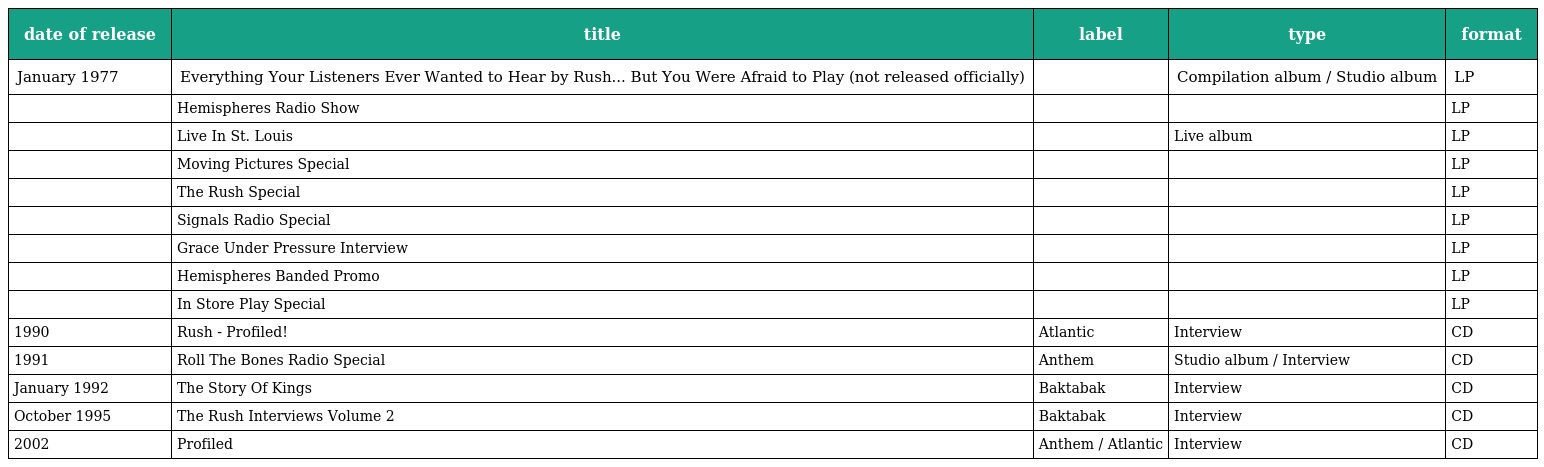
| date of release | title | label | type | format |
 | --- | --- | --- | --- | --- |
 | January 1977 | Everything Your Listeners Ever Wanted to Hear by Rush... But You Were Afraid to Play (not released officially) |  | Compilation album / Studio album | LP |
 |  | Hemispheres Radio Show |  |  | LP |
 |  | Live In St. Louis |  | Live album | LP |
 |  | Moving Pictures Special |  |  | LP |
 |  | The Rush Special |  |  | LP |
 |  | Signals Radio Special |  |  | LP |
 |  | Grace Under Pressure Interview |  |  | LP |
 |  | Hemispheres Banded Promo |  |  | LP |
 |  | In Store Play Special |  |  | LP |
 | 1990 | Rush - Profiled! | Atlantic | Interview | CD |
 | 1991 | Roll The Bones Radio Special | Anthem | Studio album / Interview | CD |
 | January 1992 | The Story Of Kings | Baktabak | Interview | CD |
 | October 1995 | The Rush Interviews Volume 2 | Baktabak | Interview | CD |
 | 2002 | Profiled | Anthem / Atlantic | Interview | CD |